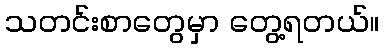
သတင်းစာတွေမှာ တွေ့ရတယ်။